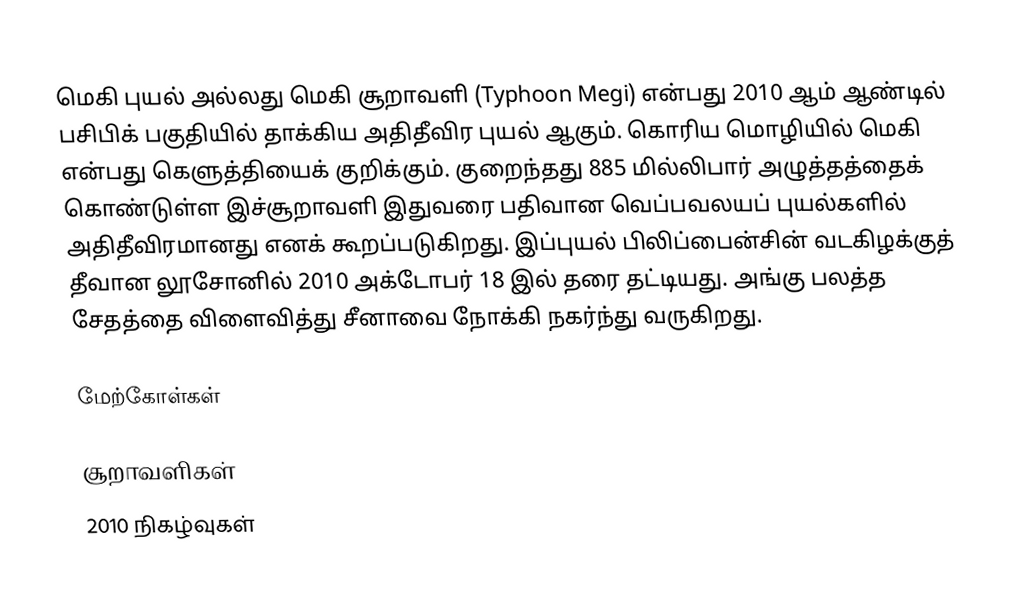
மெகி புயல் அல்லது மெகி சூறாவளி (Typhoon Megi) என்பது 2010 ஆம் ஆண்டில் பசிபிக் பகுதியில் தாக்கிய அதிதீவிர புயல் ஆகும். கொரிய மொழியில் மெகி என்பது கெளுத்தியைக் குறிக்கும். குறைந்தது 885 மில்லிபார் அழுத்தத்தைக் கொண்டுள்ள இச்சூறாவளி இதுவரை பதிவான வெப்பவலயப் புயல்களில் அதிதீவிரமானது எனக் கூறப்படுகிறது. இப்புயல் பிலிப்பைன்சின் வடகிழக்குத் தீவான லூசோனில் 2010 அக்டோபர் 18 இல் தரை தட்டியது. அங்கு பலத்த சேதத்தை விளைவித்து சீனாவை நோக்கி நகர்ந்து வருகிறது.

மேற்கோள்கள்

சூறாவளிகள்
2010 நிகழ்வுகள்